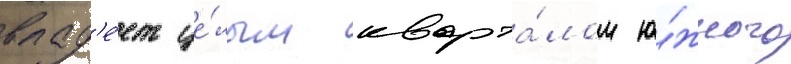
влад'е́ет це́лым кварта́лом ю́жного